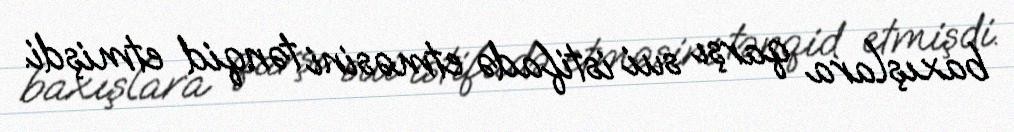
baxışlara qarşı sui istifadə etməsini tənqid etmişdi.